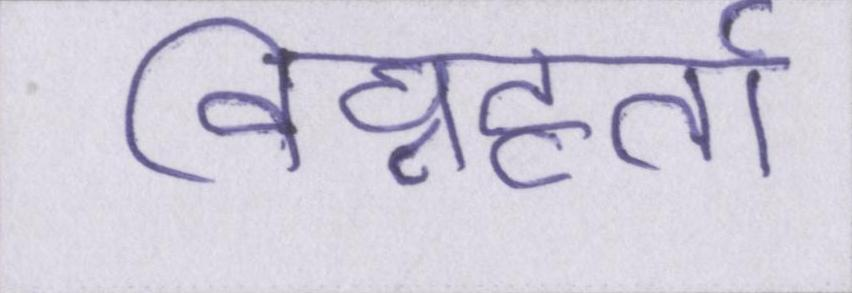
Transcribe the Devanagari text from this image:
विघ्नहर्ता